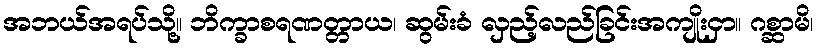
အဘယ်အရပ်သို့။ ဘိက္ခာစရဏတ္တာယ၊ ဆွမ်းခံ လှည့်လည်ခြင်းအကျိုးငှာ။ ဂစ္ဆာမိ၊